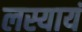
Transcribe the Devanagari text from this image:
लस्यायं